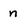
Character: n